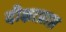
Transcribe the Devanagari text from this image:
दीक्षाप्राप्त